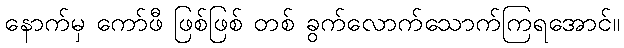
နောက်မှ ကော်ဖီ ဖြစ်ဖြစ် တစ် ခွက်လောက်သောက်ကြရအောင်။